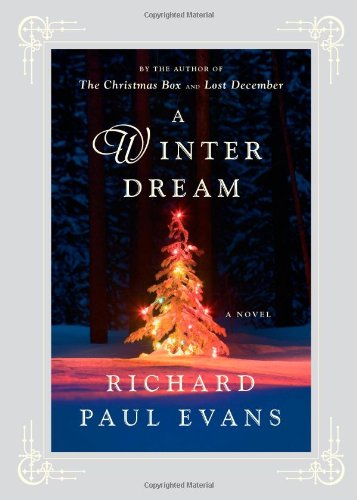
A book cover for A Winter Dream: A Novel; Richard Paul Evans; Literature & Fiction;